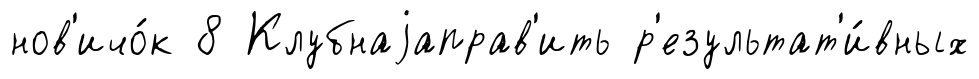
нов'ичо́к 8 Клубнаjаправ'ить р'езультат'и́вных